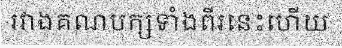
រវាងគណបក្សទាំងពីរនេះហើយ